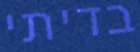
בדיתי